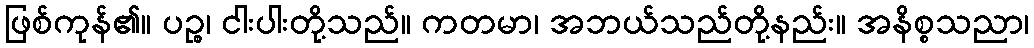
ဖြစ်ကုန်၏။ ပဉ္စ၊ ငါးပါးတို့သည်။ ကတမာ၊ အဘယ်သည်တို့နည်း။ အနိစ္စသညာ၊